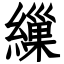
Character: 繅